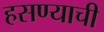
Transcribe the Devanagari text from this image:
हसण्याची